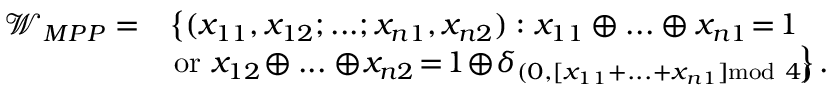
\begin{array} { r l } { \mathcal { W } _ { M P P } = } & { \left\{ ( x _ { 1 1 } , x _ { 1 2 } ; . . . ; x _ { n 1 } , x _ { n 2 } ) : x _ { 1 1 } \oplus . . . \oplus x _ { n 1 } \! = \! 1 \right. } \\ & { \left. \mathrm { o r } ~ x _ { 1 2 } \! \oplus . . . \oplus \! x _ { n 2 } \! = \! 1 \! \oplus \! \delta _ { ( 0 , [ x _ { 1 1 } + . . . + x _ { n 1 } ] \mathrm { m o d } ~ 4 ) } \! \! \! \right\} . } \end{array}